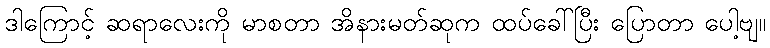
ဒါကြောင့် ဆရာလေးကို မာစတာ အိနားမတ်ဆုက ထပ်ခေါ်ပြီး ပြောတာ ပေါ့ဗျ။